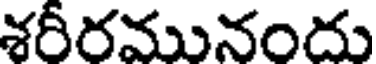
శరీరమునందు